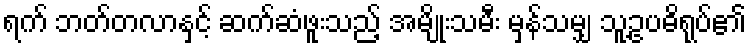
ရက် ဘတ်တလာနှင့် ဆက်ဆံဖူးသည့် အမျိုးသမီး မှန်သမျှ သူ့ဥပဓိရုပ်၏